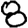
Digit: 8